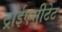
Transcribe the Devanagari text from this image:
ट्राईएसीटेट